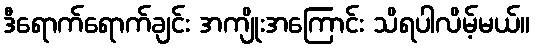
ဒီရောက်ရောက်ချင်း အကျိုးအကြောင်း သိရပါလိမ့်မယ်။